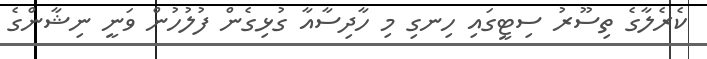
ކެރެލާގެ ތިސޫރު ސިޓީގައި ހިނގި މި ހާދިސާއާ ގުޅިގެން ފުލުހުން ވަނީ ނިޝާންގެ